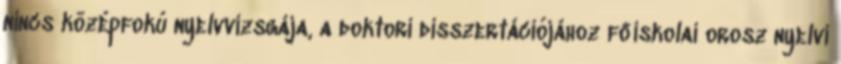
nincs középfokú nyelvvizsgája, a doktori disszertációjához főiskolai orosz nyelvi